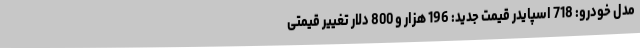
مدل خودرو: 718 اسپایدر قیمت جدید: 196 هزار و 800 دلار تغییر قیمتی